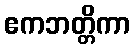
ဧကဘတ္တိကာ